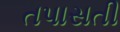
તપાસતી